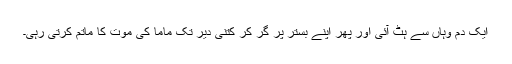
ایک دم وہاں سے ہٹ آئی اور پھر اپنے بستر پر گر کر کتنی دیر تک ماما کی موت کا ماتم کرتی رہی۔